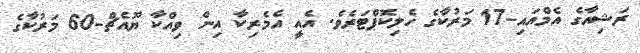
ރަޝިއާގެ އެމްއައި-17 މަރުކާގެ ހެލިކޮޕްޓަރެވެ. އެއީ އެމެރިކާ އިން ވިއްކާ ޔޫއެޗް-60 މަރުކާގެ